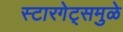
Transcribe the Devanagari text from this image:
स्टारगेट्समुळे